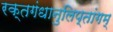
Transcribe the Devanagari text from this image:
रक्तगंधानुलिप्तांगम्